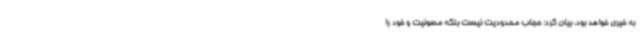
به خیری خواهد بود، بیان کرد: حجاب محدودیت نیست بلکه مصونیت و خود را